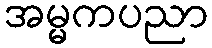
အမ္မကပညာ